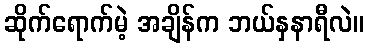
ဆိုက်ရောက်မဲ့ အချိန်က ဘယ်နှနာရီလဲ။